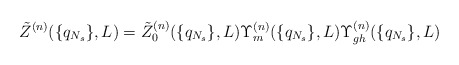
\begin{align*}\tilde Z^{(n)}(\{q_{N_s}\},L)=\tilde Z_{0}^{(n)}(\{q_{N_s}\},L)\Upsilon_m^{(n)}(\{q_{N_s}\},L)\Upsilon_{gh}^{(n)}(\{q_{N_s}\},L)\end{align*}